Annual returns of the Patna Lunatic Asylum at Bankipore in Bihar and Orissa - 1912-1924
Year: 1912
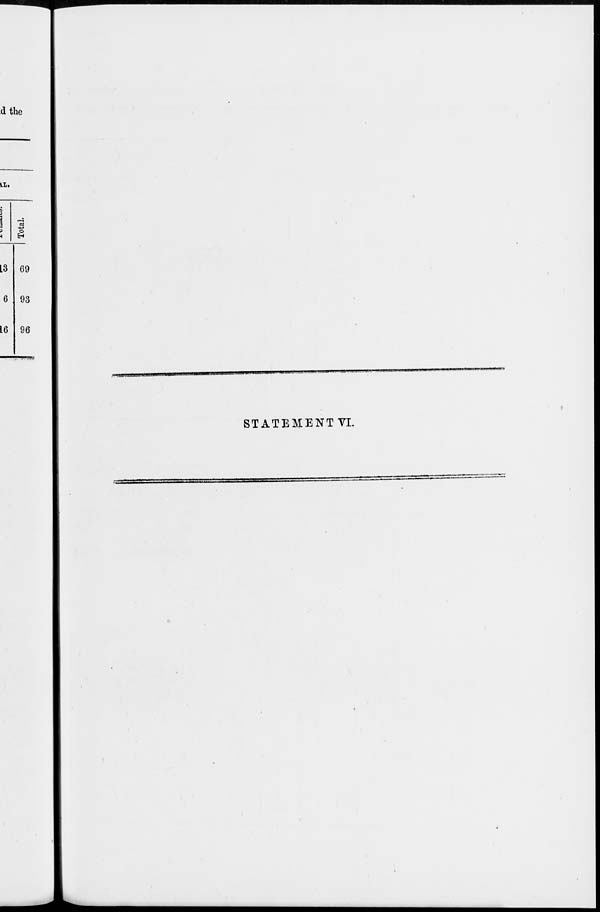
STATEMENT VI.